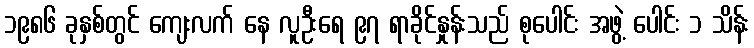
၁၉၈၆ ခုနှစ်တွင် ကျေးလက် နေ လူဦးရေ ၉၇ ရာခိုင်နှုန်းသည် စုပေါင်း အဖွဲ့ ပေါင်း ၁ သိန်း